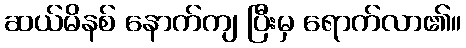
ဆယ်မိနစ် နောက်ကျ ပြီးမှ ရောက်လာ၏။